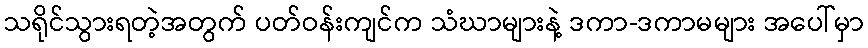
သရိုင်သွားရတဲ့အတွက် ပတ်ဝန်းကျင်က သံဃာများနဲ့ ဒကာ-ဒကာမများ အပေါ်မှာ